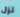
تزل